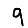
Digit: 9